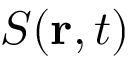
S ( \mathbf { r } , t )